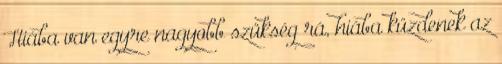
Hiába van egyre nagyobb szükség rá, hiába küzdenek az